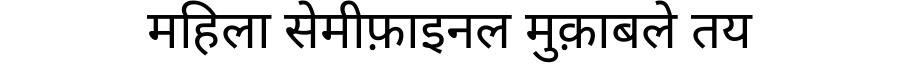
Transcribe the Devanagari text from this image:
महिला सेमीफ़ाइनल मुक़ाबले तय